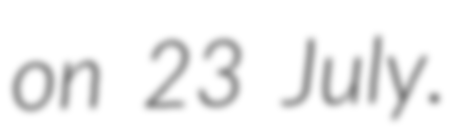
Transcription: on 23 July.